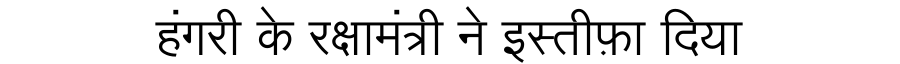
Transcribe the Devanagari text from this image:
हंगरी के रक्षामंत्री ने इस्तीफ़ा दिया